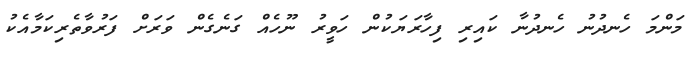
މަންމަ ހެނދުނު ހެނދުނާ ކައިރި ފިހާރަޔަކުން ހަވީރު ނޫހެއް ގަނެގެން ވަރަށް ފަރުވާތެރިކަމާއެކު